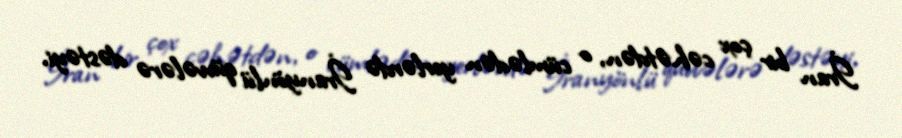
İran bir çox cəhətdən, o cümlədən yerlərdə İranyönlü qüvvələrə dəstəyi,